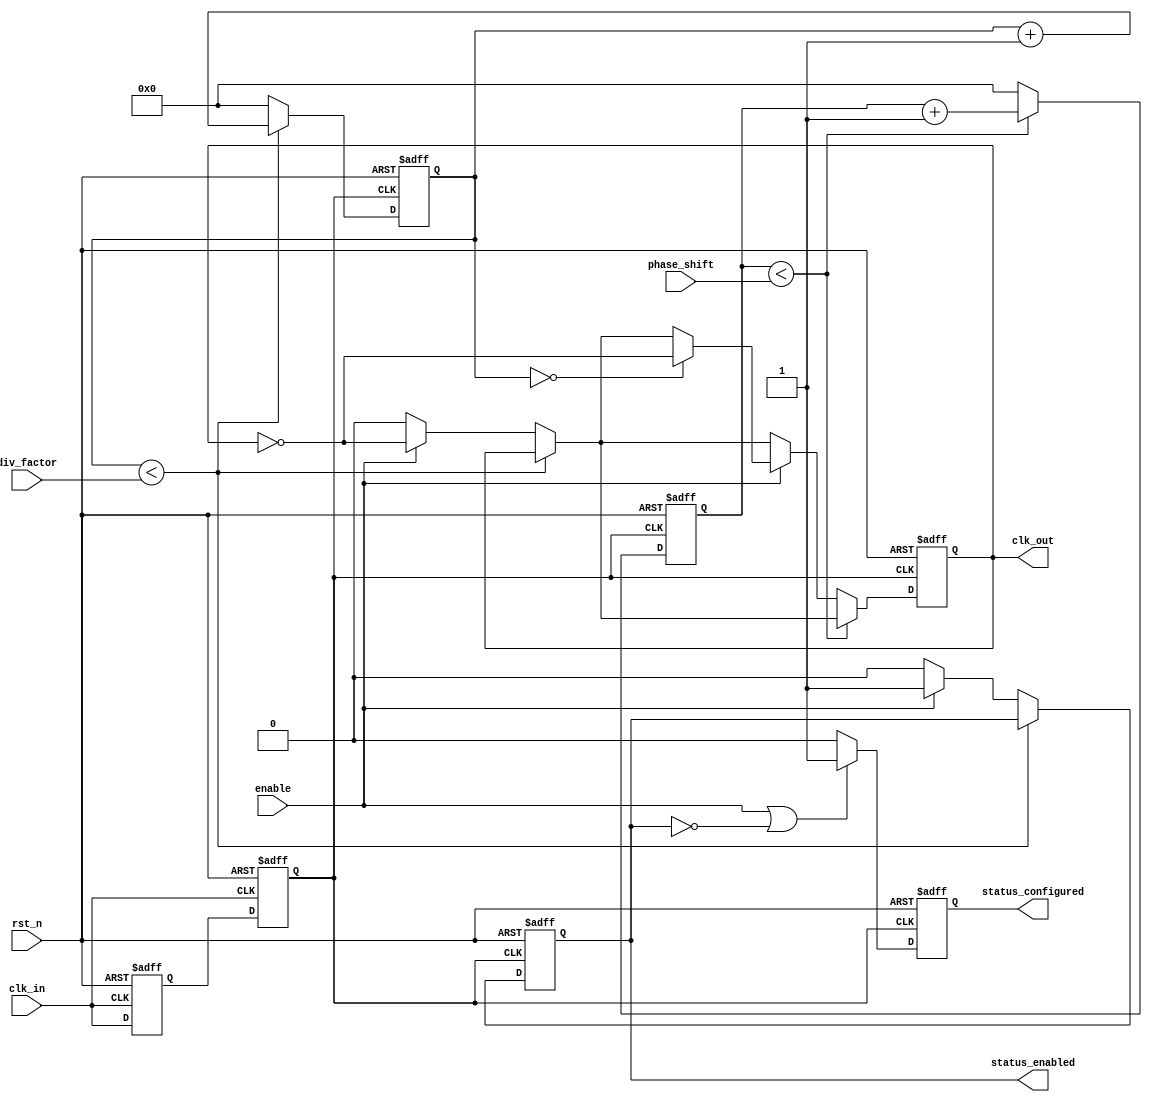
module programmable_clock_buffer (
    input wire clk_in,                   // Input clock
    input wire [3:0] div_factor,         // Frequency division factor (1-16)
    input wire [3:0] phase_shift,        // Phase shift (in clock cycles)
    input wire enable,                   // Enable signal for the output clock
    input wire rst_n,                    // Active-low reset signal
    output reg clk_out,                  // Output clock
    output reg status_enabled,           // Status of output clock enabled
    output reg status_configured         // Status of configuration applied
);

    reg [3:0] counter;                   // Counter for frequency division
    reg [3:0] phase_counter;             // Counter for phase shifting

    // Input clock conditioning (simple debouncing)
    reg clk_in_reg;
    reg clk_in_stable;

    always @(posedge clk_in or negedge rst_n) begin
        if (~rst_n) begin
            clk_in_reg <= 0;
            clk_in_stable <= 0;
        end else begin
            clk_in_reg <= clk_in;
            clk_in_stable <= clk_in_reg; // Assuming this is sufficient conditioning for example
        end
    end

    // Phase shifting logic
    always @(posedge clk_in_stable or negedge rst_n) begin
        if (~rst_n) begin
            counter <= 0;
            phase_counter <= 0;
            clk_out <= 0;
            status_enabled <= 0;
            status_configured <= 0;
        end else begin
            // Update output clock based on the frequency division
            if (counter < div_factor) begin
                counter <= counter + 1;
            end else begin
                counter <= 0;
                if (enable) begin
                    clk_out <= ~clk_out;
                    status_enabled <= 1;
                end else begin
                    clk_out <= 0;  // Clock is disabled
                    status_enabled <= 0;
                end
            end

            // Handle phase shifting
            if (phase_counter < phase_shift) begin
                phase_counter <= phase_counter + 1;
            end else begin
                phase_counter <= 0;
                if (enable) begin
                    // Apply phase shift by cycling the output toggle
                    if (counter == 0) 
                        clk_out <= ~clk_out; // Toggle the output clock on phase shift
                end
            end

            // Indicate that the configuration has been applied
            if (enable || !status_enabled) begin
                status_configured <= 1;
            end else begin
                status_configured <= 0;
            end
        end
    end

endmodule